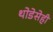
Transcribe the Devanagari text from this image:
थोडेसेही